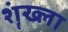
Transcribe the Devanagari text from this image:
शॄंख्ला